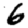
Digit: 6